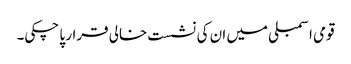
قومی اسمبلی میں ان کی نشست خالی قرار پا چکی۔